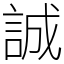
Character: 誠